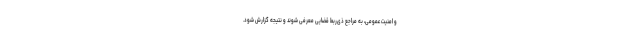
و امنیت عمومی، به مراجع ذی‌ربط قضایی معرفی شوند و نتیجه گزارش شود.